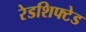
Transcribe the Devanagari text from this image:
रेडशिफ्टेड